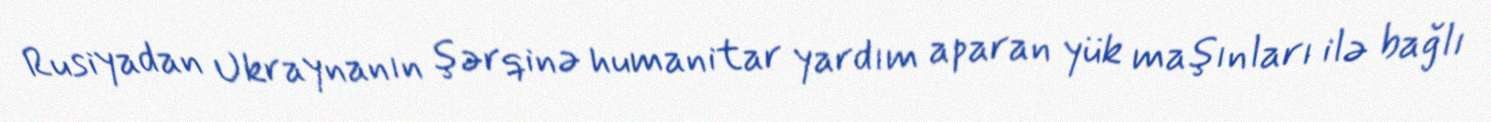
Rusiyadan Ukraynanın şərqinə humanitar yardım aparan yük maşınları ilə bağlı